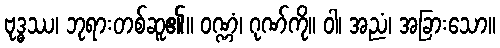
ဗုဒ္ဓဿ၊ ဘုရားတစ်ဆူ၏။ ဝဏ္ဏံ၊ ဂုဏ်ကို။ ဝါ၊ အညံ၊ အခြားသော။